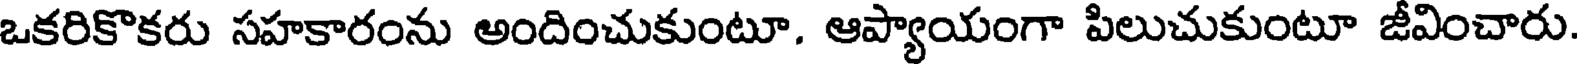
ఒకరికొకరు సహకారంను అందించుకుంటూ. ఆప్యాయంగా పిలుచుకుంటూ జీవించారు.